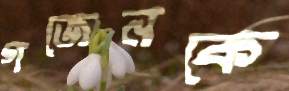
গজেনকে